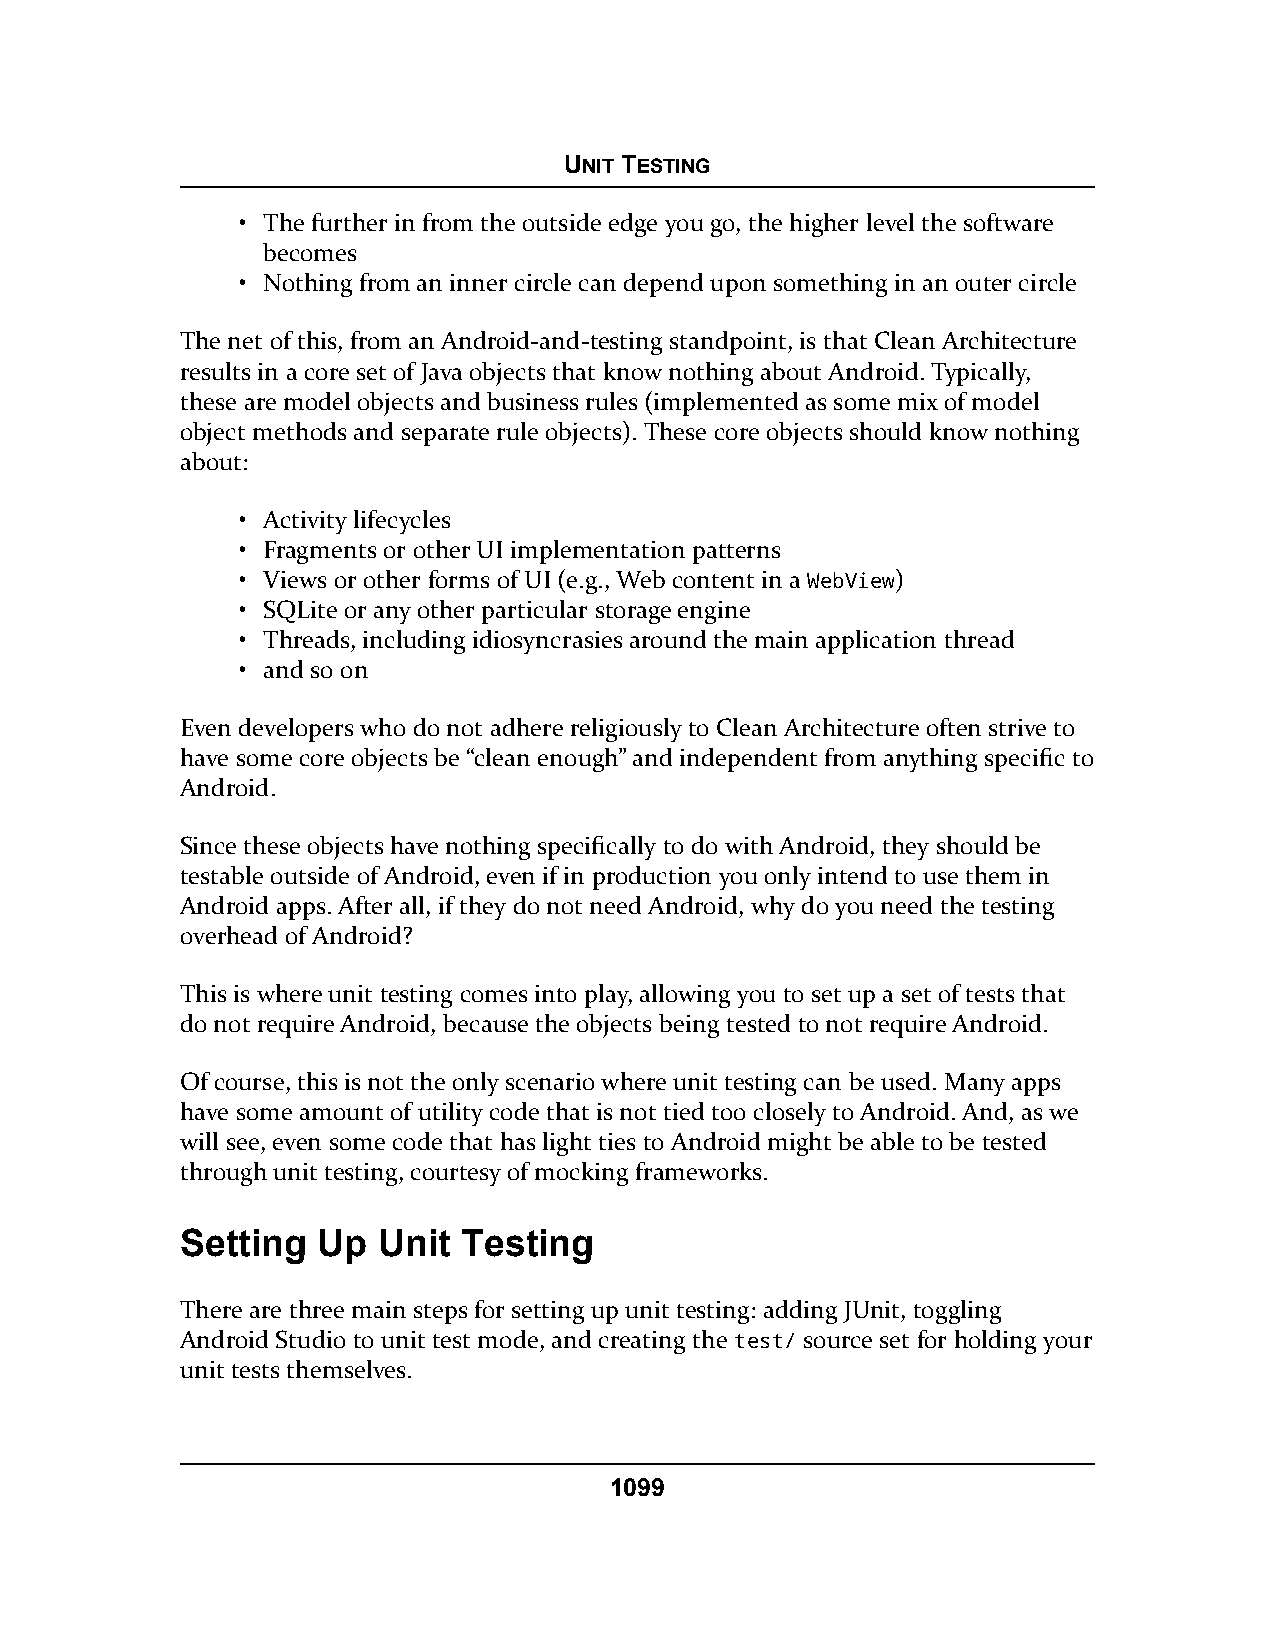
UNIT TESTING
 • The further in from the outside edge you go, the higher level the software
 becomes
 • Nothing from an inner circle can depend upon something in an outer circle
 The net of this, from an Android-and-testing standpoint, is that Clean Architecture
 results in a core set of Java objects that know nothing about Android. Typically,
 these are model objects and business rules (implemented as some mix of model
 object methods and separate rule objects). These core objects should know nothing
 about:
 • Activity lifecycles
 • Fragments or other UI implementation patterns
 • Views or other forms of UI (e.g., Web content in a WebView)
 • SQLite or any other particular storage engine
 • Threads, including idiosyncrasies around the main application thread
 • and so on
 Even developers who do not adhere religiously to Clean Architecture often strive to
 have some core objects be “clean enough” and independent from anything specific to
 Android.
 Since these objects have nothing specifically to do with Android, they should be
 testable outside of Android, even if in production you only intend to use them in
 Android apps. After all, if they do not need Android, why do you need the testing
 overhead of Android?
 This is where unit testing comes into play, allowing you to set up a set of tests that
 do not require Android, because the objects being tested to not require Android.
 Of course, this is not the only scenario where unit testing can be used. Many apps
 have some amount of utility code that is not tied too closely to Android. And, as we
 will see, even some code that has light ties to Android might be able to be tested
 through unit testing, courtesy of mocking frameworks.
 Setting  Up  Unit  Testing
 There are three main steps for setting up unit testing: adding JUnit, toggling
 Android Studio to unit test mode, and creating the test/ source set for holding your
 unit tests themselves.
 1099